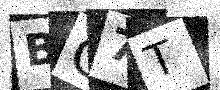
Text: BC7T